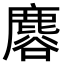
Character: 𪊿